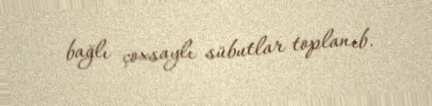
bağlı çoxsaylı sübutlar toplanıb.